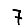
Digit: 7